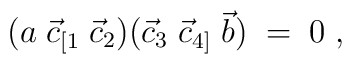
(a\;\vec c_{[1} \;\vec c_2)(\vec c_3\;\vec c_{4]}\; \vec b)\;=\; 0\;,